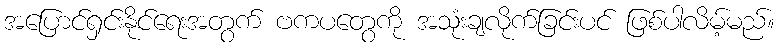
အပြောင်ရှင်းနိုင်ရေးအတွက် ဗကပတွေကို အသုံးချလိုက်ခြင်းပင် ဖြစ်ပါလိမ့်မည်။